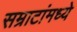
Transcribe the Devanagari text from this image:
सम्राटांमध्ये